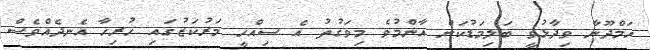
ހަމްދޫނާ ވިދާޅުވީ ބަލިމަޑުކަން އާންމުވެ މިވަގުތު އެ ސިއްހީ މަރުކަޒުގައި ހުރިހާ އެނދެއްވެސް